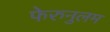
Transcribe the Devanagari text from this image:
फेरुनुलम